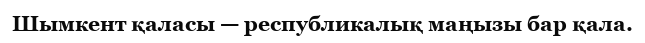
Шымкент қаласы — республикалық маңызы бар қала.